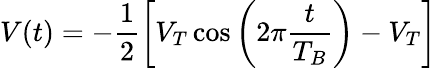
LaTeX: V(t)=-\frac{1}{2}\left[V_{T}\cos\left(2\pi\frac{t}{T_{B}}\right)-V_{T}\right]